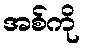
အစ်ကို